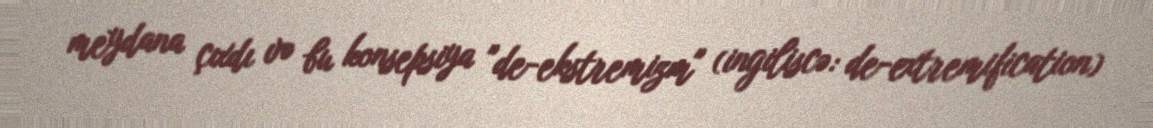
meydana çıxdı və bu konsepsiya "de-ekstremizm" (ingiliscə: de-extremification)